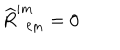
\widehat { R } _ { \phantom { i j } \ell m } ^ { i m } = 0